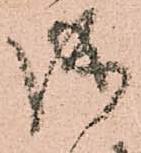
成